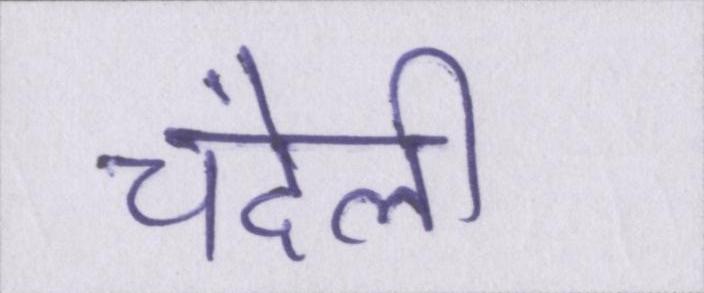
चंदेली